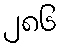
၂၈၆